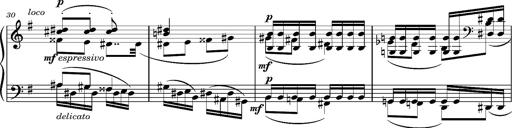
Title: Album-Leaf "Andante religioso"
Composer: Franz Liszt
Key: G major